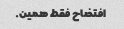
افتضاح فقط همین.